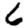
Digit: 6